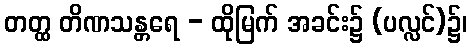
တတ္ထ တိဏသန္တရေ - ထိုမြက် အခင်း၌ (ပလ္လင်)၌၊